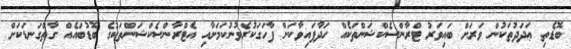
ބޮޑެތި ޢަދަދުތަކުން ވަރަށް ބައިވަރު ޓްރާންސެކްޝަންތަކެއް ހަދާފައިވާކަން ފާހަގަކުރެވުނުކަމަށާއި އެޓްރާންސެކްޝަންތަކުގެ ބޮޑުބައެއް ގާތްގަނޑަކަށް